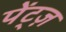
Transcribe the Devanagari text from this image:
पेंट्ज़